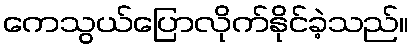
ကေသွယ်ပြောလိုက်နိုင်ခဲ့သည်။